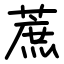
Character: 蔗